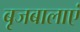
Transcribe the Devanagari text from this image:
बृजबालाएं